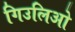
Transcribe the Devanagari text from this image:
गिउलिओ